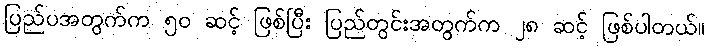
ပြည်ပအတွက်က ၅၀ ဆင့် ဖြစ်ပြီး ပြည်တွင်းအတွက်က ၂၈ ဆင့် ဖြစ်ပါတယ်။